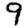
Digit: 9